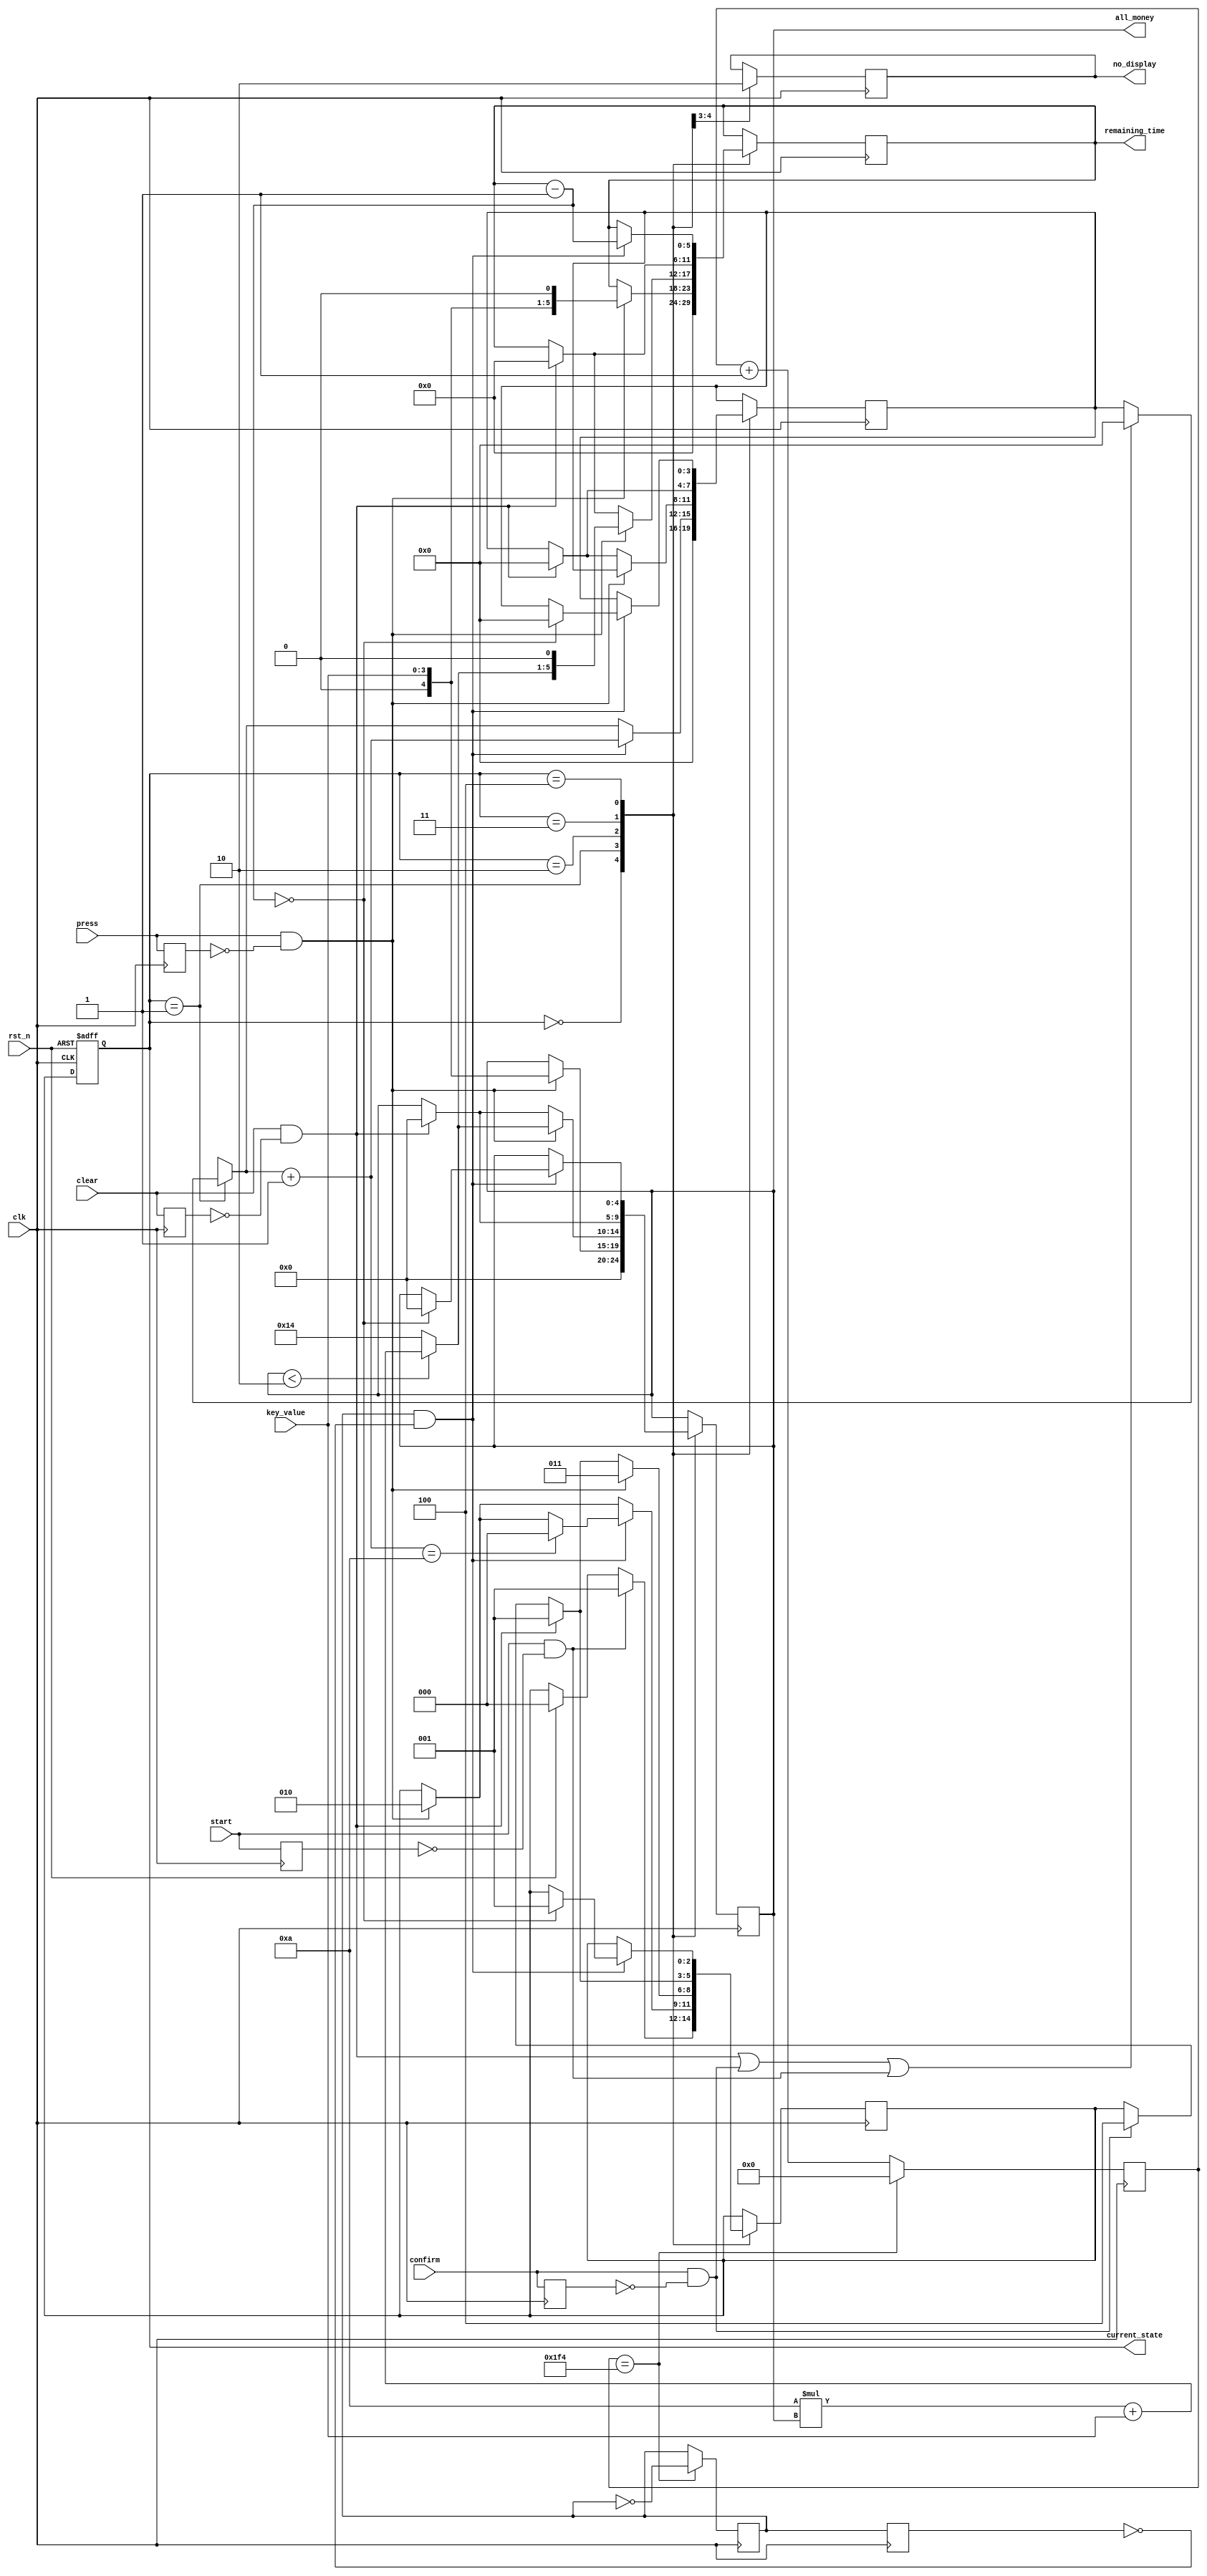
// Charge Controller
// Function: Controll the current state.
// State: Finshed. Passed all test.

module ChargeController(
    input clk,
    input rst_n, //Initial reset signal
    input [3:0]key_value, //Input from the keyboard scanner
    input press,
    input clear,
    input start,
    input confirm,
    output reg no_display = 0, //The signal to extinguish the digital tubes
    output reg [4:0]all_money, //The money (binary)
    output reg [5:0]remaining_time, //The remained time (binary)
    output reg [2:0]current_state = 0 //Current state of the controller
    );

    parameter S0 = 3'b000, S1 = 3'b001, S2 = 3'b010, S3 = 3'b011, S4 = 3'b100;
    parameter MAX = 5'b10100; //The maximum money(20)
    parameter NUM_DIV = 1000; //Reduce the frequency from 1000Hz to 1Hz

    reg [3:0] inactive_time = 0; //Ten-second countdown
    reg press_prev = 0, start_prev = 0, clear_prev = 0, confirm_prev = 0;

    reg clk_div, clk_div_prev = 0;
    reg [10:0]cnt; //Remaining time reduction
    reg [2:0] next_state = 0;
    
    //Reduce the frequency from 1000Hz to 1Hz 
    always@(posedge clk)
	begin    
        if(cnt == (NUM_DIV / 2)) begin
            cnt <= 0;
            clk_div <= ~clk_div;
        end
        else cnt <= cnt + 1;
    end

    always@(posedge clk or posedge rst_n)
    begin
        if(rst_n) current_state <= S0;
        else current_state <= next_state;    
    end

    always@(posedge clk)
    begin
        case(current_state)
            S0: begin
                if(rst_n) next_state = S0;
                no_display = 1;
                remaining_time = 0;
                all_money = 0;
                inactive_time = 0;
                if (start && !start_prev) next_state = S1;
                end
            S1: begin
                no_display = 0;
                if(press && !press_prev) begin
                    next_state = S2;
                    all_money = key_value;
		    remaining_time = {all_money, 1'b0};
                end
                if((clear && !clear_prev) || (confirm && !confirm_prev) || (start && !start_prev)) inactive_time = 0;
                if (clk_div && !clk_div_prev) begin
                    inactive_time = inactive_time + 1;
                    if(inactive_time == 10) next_state = S0;
                end
                end
            S2: if(press && !press_prev) begin
                    next_state <= S3;
                    if (all_money < 2) all_money = 10 * all_money + key_value;
                    else all_money = MAX;
		    remaining_time = {all_money, 1'b0};
                end
                else if (clear && !clear_prev) begin
                    inactive_time = 0;
                    all_money = 0;
                    remaining_time = 0;
                    next_state <= S1;
                end
                else if (confirm && !confirm_prev) next_state <= S4;
            S3: if (clear && !clear_prev) begin
                    inactive_time = 0;
                    all_money = 0;
                    remaining_time = 0;
                    next_state <= S1;
                end
                else if (confirm && !confirm_prev) next_state <= S4;
            S4: if (clk_div && !clk_div_prev) begin
                    remaining_time = remaining_time - 1;
                    if (remaining_time == 0) begin
                        all_money = 0;
                        inactive_time = 0;
                        next_state <= S1;
                    end
                end
        endcase
        clk_div_prev = clk_div;
        clear_prev = clear;
        confirm_prev = confirm;
        start_prev = start;
        press_prev = press;
    end
	
endmodule